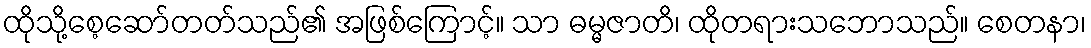
ထိုသို့စေ့ဆော်တတ်သည်၏ အဖြစ်ကြောင့်။ သာ ဓမ္မဇာတိ၊ ထိုတရားသဘောသည်။ စေတနာ၊